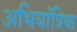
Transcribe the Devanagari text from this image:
अभियाँत्रिक